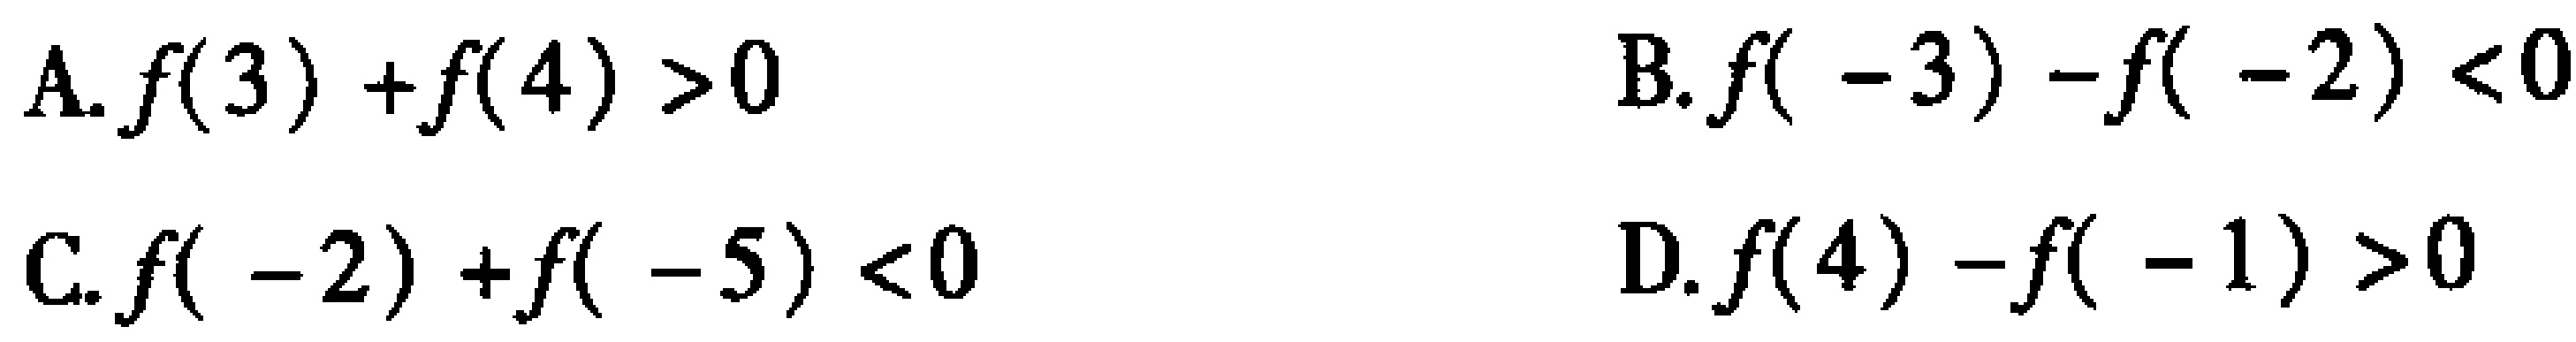
A. \(f(3)+f(4)>0\)  B. \(f(-3)-f(-2)<0\)

C. \(f(-2)+f(-5)<0\)  D. \(f(4)-f(-1)>0\)